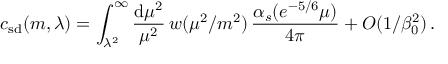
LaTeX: c _ { \mathrm { s d } } ( m , \lambda ) = \int _ { \lambda ^ { 2 } } ^ { \infty } \frac { \mathrm { d } \mu ^ { 2 } } { \mu ^ { 2 } } \, w ( \mu ^ { 2 } / m ^ { 2 } ) \, \frac { \alpha _ { s } ( e ^ { - 5 / 6 } \mu ) } { 4 \pi } + O ( 1 / \beta _ { 0 } ^ { 2 } ) \, .